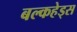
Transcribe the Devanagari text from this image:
बल्‍कहेड्स